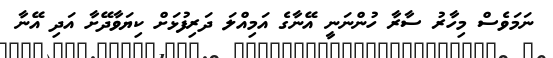
ނަމަވެސް މިހާރު ސާރާ ހުންނަނީ އޭނާގެ އަމިއްލަ ދަރިފުޅަށް ކިޔަވާދޭށާ އަދި އޭނާ